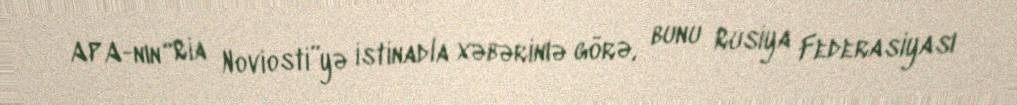
APA-nın “Ria Noviosti”yə istinadla xəbərinıə görə, bunu Rusiya Federasiyası